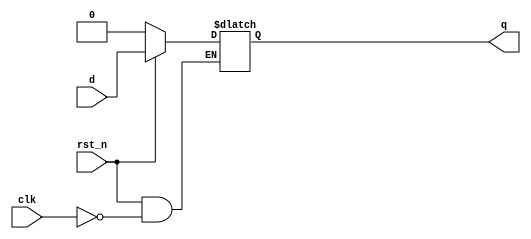
module d_latch(q, d, clk, rst_n);

output	q	;
input	d	;
input	clk	;
input	rst_n	;

reg	q	;

always @(*) begin
	if(rst_n == 1'b0)begin
		q <= 1'b0	;
	end else begin
		if(clk == 1'b1)begin
			q <= d	;
		end
	end
end
endmodule

module dff_syn(q, d, clk, rst_n);

output	q	;
input	d	;
input	clk	;
input	rst_n	;

reg	q	;

always @(posedge clk) begin
	if(rst_n == 1'b0) begin
		q <= 1'b0	;
	end else begin
		q <= d		;
	end
end
endmodule

module dff_asyn(q, d, clk, rst_n);

output	q	;
input	d	;
input	clk	;
input	rst_n	;

reg	q	;

always @(posedge clk or negedge rst_n) begin
	if(rst_n == 1'b0) begin
		q <= 1'b0	;
	end else begin
		q <= d		;
	end
end
endmodule